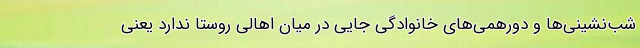
شب‌نشینی‌ها و دورهمی‌های خانوادگی جایی در میان اهالی روستا ندارد یعنی